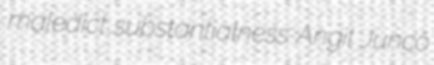
maledict substantialness Angil Junco